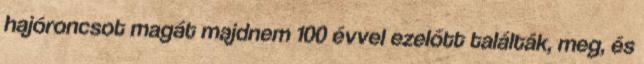
hajóroncsot magát majdnem 100 évvel ezelőtt találták, meg, és